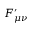
F _ { \mu \nu } ^ { \prime }